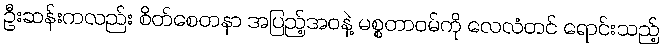
ဦးဆန်းကလည်း စိတ်စေတနာ အပြည့်အဝနဲ့ မစ္စတာဝမ်ကို လေလံတင် ရောင်းသည့်